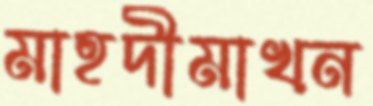
মাহদীমাখন